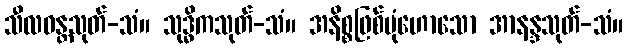
သီလဝန္တသုတ်-သံ။ သုဒ္ဓိကသုတ်-သံ။ အနိစ္စဖြစ်ပုံဟောသော အာနန္ဒသုတ်-သံ။